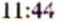
11:44